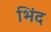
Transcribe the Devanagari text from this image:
भिंद